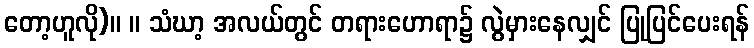
တော့ဟူလို)။ ။ သံဃာ့ အလယ်တွင် တရားဟောရာ၌ လွဲမှားနေလျှင် ပြုပြင်ပေးရန်